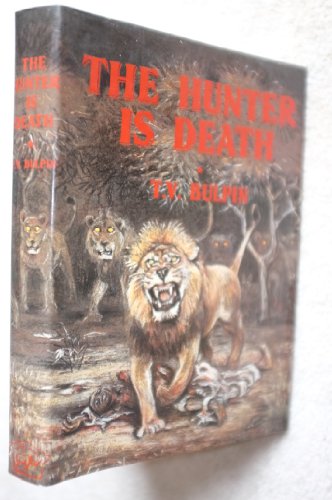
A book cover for The Hunter Is Death; T. V. Bulpin; Travel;